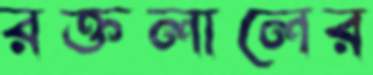
রক্তলালের